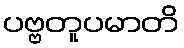
ပဗ္ဗတူပမာတိ